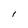
Character: I